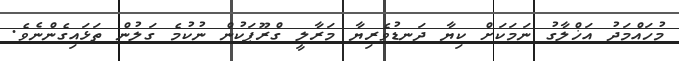
މުހައްމަދު އަޚްލާގު ނަމަކަށް ކިޔާ ދަނޑުވެރިޔާ މަރާލީ ގްރޫޕަކުން ނުކުމެ ގަލުން ތަޅައިގެންނެވެ.